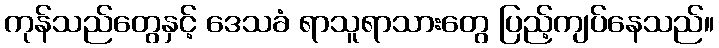
ကုန်သည်တွေနှင့် ဒေသခံ ရာသူရာသားတွေ ပြည့်ကျပ်နေသည်။